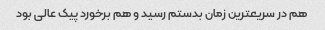
هم در سریعترین زمان بدستم رسید و هم برخورد پیک عالی بود